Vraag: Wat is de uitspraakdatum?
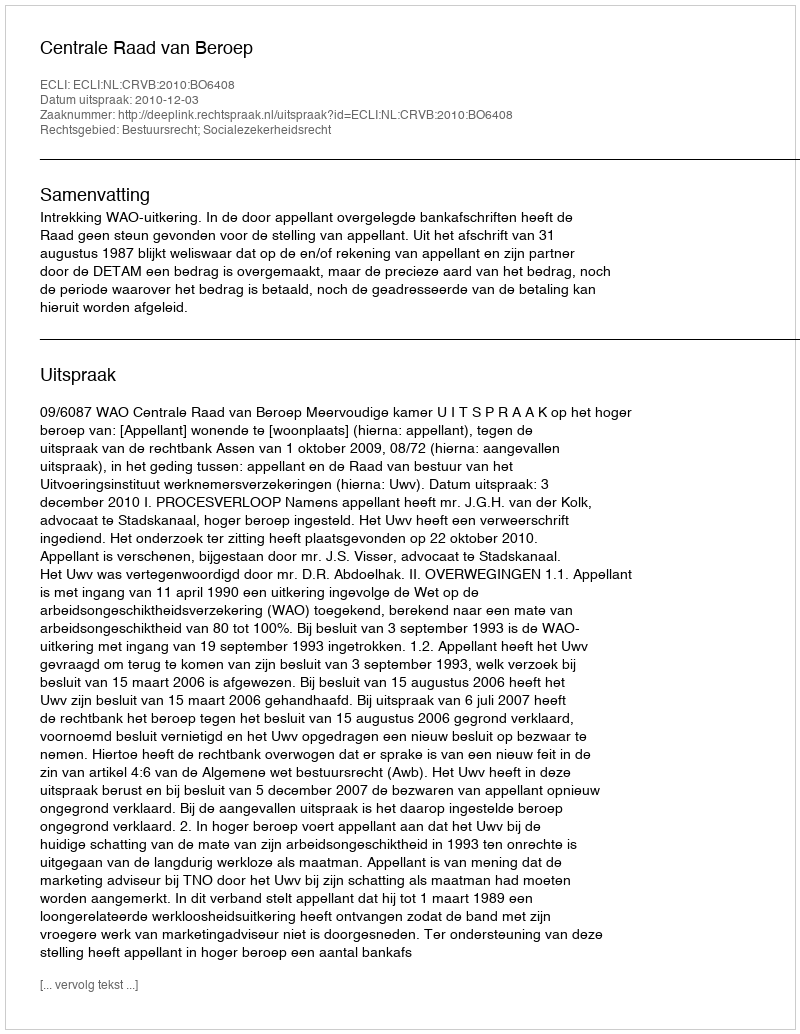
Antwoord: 2010-12-03